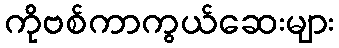
ကိုဗစ်ကာကွယ်ဆေးများ